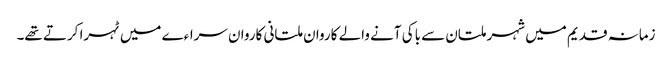
زمانہ قدیم میں شہر ملتان سے باکی آنے والے کاروان ملتانی کاروان سراءے میں ٹہرا کرتے تھے۔